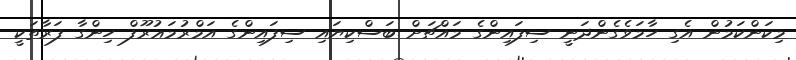
މިކަންކަމުން އެގި ހާމަވެގެންދަނީ ސިފައިންގެ މައްޗަށް ބަސްކިޔައި ސިފައިންގެ އަމްރުމަޢުރޫފް ހިންގާ ފަރާތަކީ